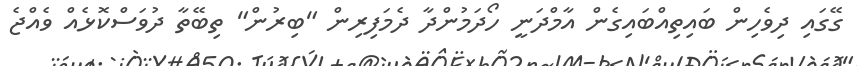
ގޭގައި ދިވެހިން ބައިތިއްބައިގެން އާމްދަނީ ހޯދަމުންދާ ދެމަފިރިން "ބިރުން" ތިބޭތާ ދުވަސްކޮޅެއް ވެއްޖެ